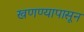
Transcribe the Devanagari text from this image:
खणण्यापासून